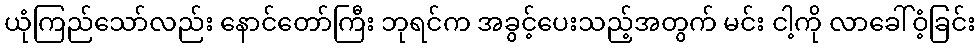
ယုံကြည်သော်လည်း နောင်တော်ကြီး ဘုရင်က အခွင့်ပေးသည့်အတွက် မင်း ငါ့ကို လာခေါ်ဝံ့ခြင်း